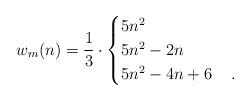
LaTeX: \begin{align*}w_m(n)&=\frac{1}{3}\cdot\begin{cases}{5}n^2&\\5n^2-2n&\\5n^2-4n+6&\rlap{\,.}\end{cases}\end{align*}